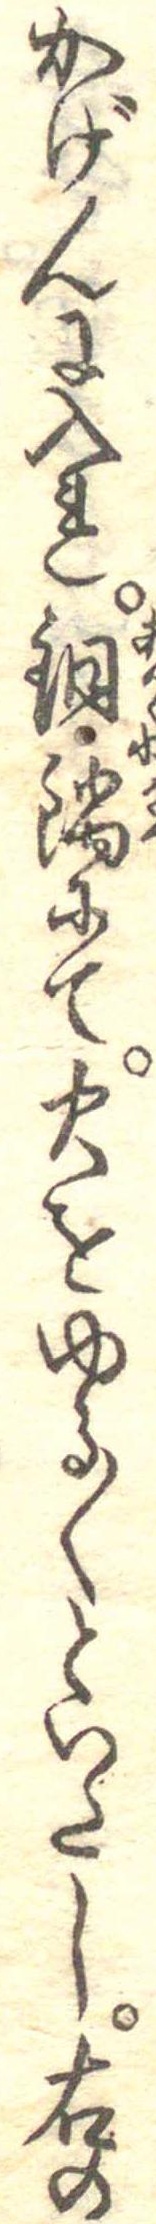
かげんに入れ銅鍋にて火をゆる〱といたし右の